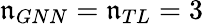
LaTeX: \mathfrak{n}_{GNN}=\mathfrak{n}_{TL}=3